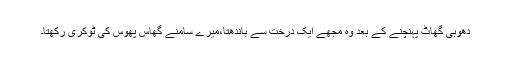
دھوبی گھاٹ پہنچنے کے بعد وہ مجھے ایک درخت سے باندھتا،میرے سامنے گھاس پھوس کی ٹوکری رکھتا۔